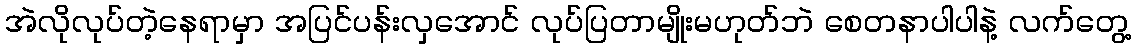
အဲလိုလုပ်တဲ့နေရာမှာ အပြင်ပန်းလှအောင် လုပ်ပြတာမျိုးမဟုတ်ဘဲ စေတနာပါပါနဲ့ လက်တွေ့